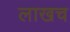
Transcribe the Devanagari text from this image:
लाखच